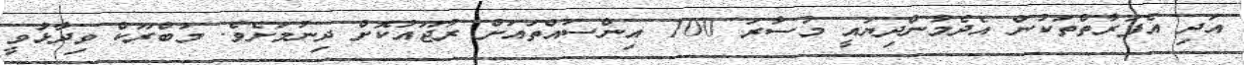
އަދި އެފަރާތްތަކުން އެދެމުންދިޔައީ މުސާރަ 100 އިންސައްތައަށް ރުޖޫއުކޮށް ދިނުމަށެވެ. މަބްރޫކް ވިދާޅުވީ